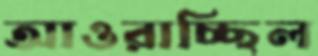
আওরাচ্ছিল